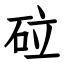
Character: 砬